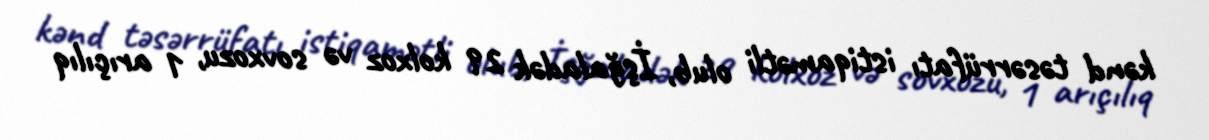
kənd təsərrüfatı istiqamətli olub, İşğaladək 29 kolxoz və sovxozu, 1 arıçılıq